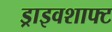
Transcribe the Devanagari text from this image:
ड्राइवशाफ्ट